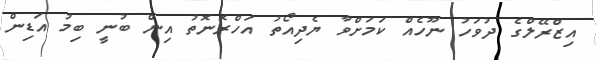
އިޒްރޭލްގެ ދުވަހު ނޫހެއް ކަމަށްވާ ޔެދިއޯތު އަހްރޮނޮތު އިން ބުނީ ބިމު އަޑިން